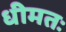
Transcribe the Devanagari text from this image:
धीमतः